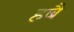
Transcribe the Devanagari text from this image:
हबै